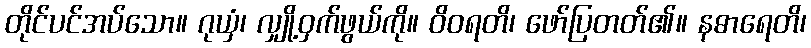
တိုင်ပင်အပ်သော။ ဂုယှံ၊ လျှို့ဝှက်ဖွယ်ကို။ ဝိဝရတိ၊ ဖော်ပြတတ်၏။ နဓာရေတိ၊